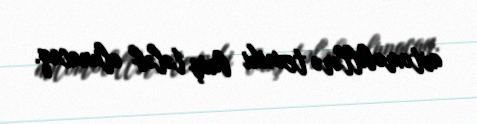
avtomobillərə texniki baxış tələb olunacaq.